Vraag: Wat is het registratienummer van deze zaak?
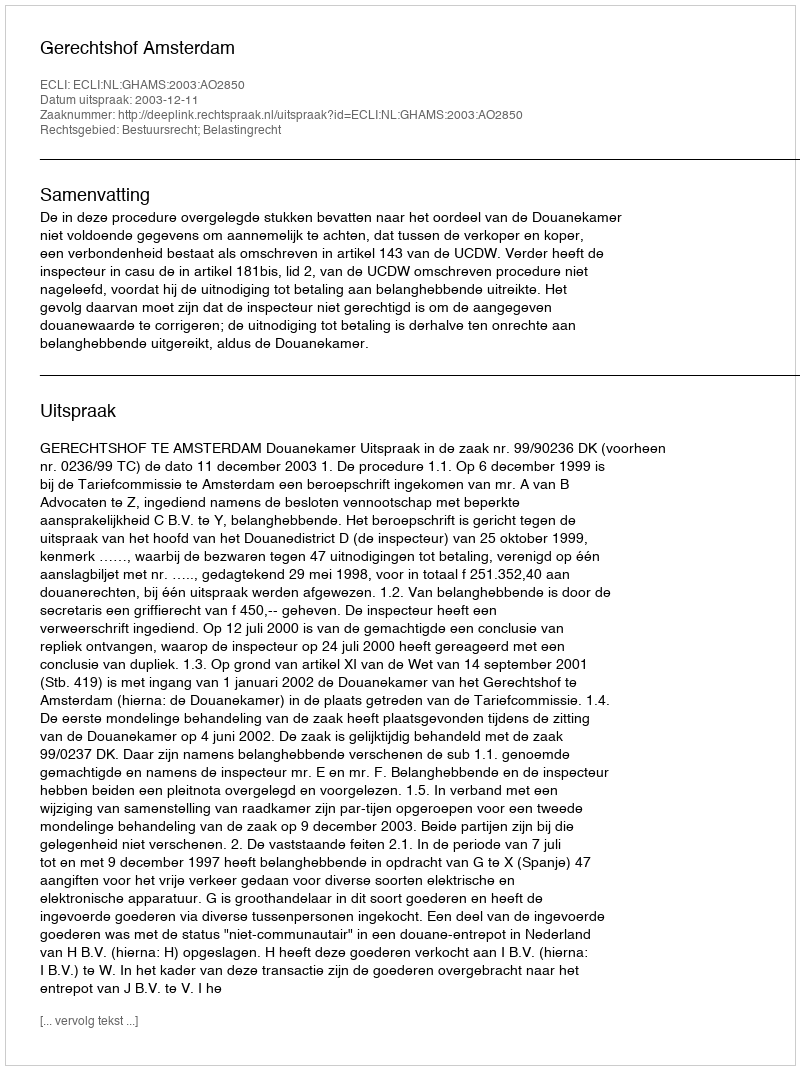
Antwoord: http://deeplink.rechtspraak.nl/uitspraak?id=ECLI:NL:GHAMS:2003:AO2850